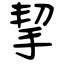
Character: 挈